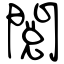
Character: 閲